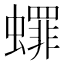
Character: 𬠯